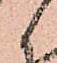
候